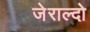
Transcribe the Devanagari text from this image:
जेराल्दो